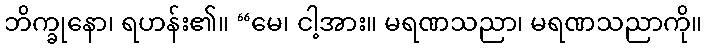
ဘိက္ခုနော၊ ရဟန်း၏။ “မေ၊ ငါ့အား။ မရဏသညာ၊ မရဏသညာကို။